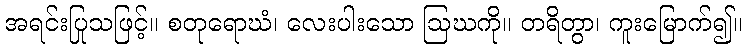
အရင်းပြုသဖြင့်။ စတုရောဃံ၊ လေးပါးသော ဩဃကို။ တရိတွာ၊ ကူးမြောက်၍။